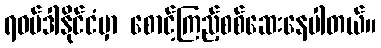
ရဝမ်ဒါနိုင်ငံမှာ စောင့်ကြည့်စစ်ဆေးနေပါတယ်။